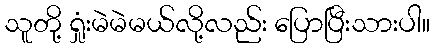
သူတို့ ရှုံးမဲမဲမယ်လို့လည်း ပြောပြီးသားပါ။